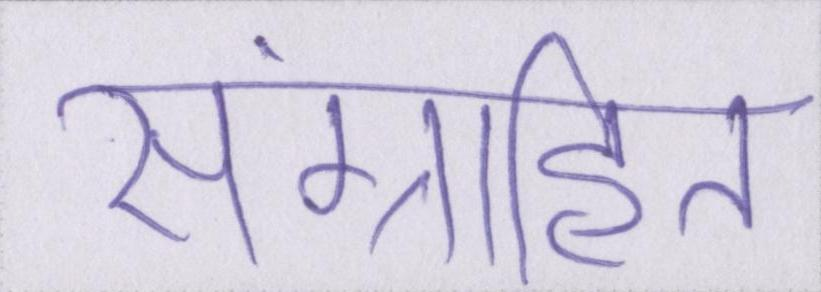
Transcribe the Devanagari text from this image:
संग्रहित